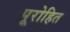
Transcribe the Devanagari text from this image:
पूरोहित